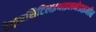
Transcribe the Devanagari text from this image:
टेट्राएसिटिलइथाइलनेडाइमीन